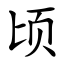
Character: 顷